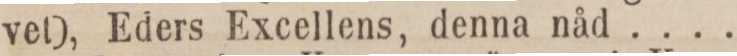
vet), Eders Excellens, denna nåd ....